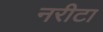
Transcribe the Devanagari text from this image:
नरीटा